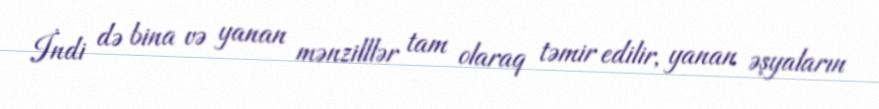
İndi də bina və yanan mənzilllər tam olaraq təmir edilir, yanan əşyaların